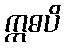
ဣဓပိ